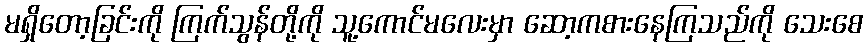
မရှိတော့ခြင်းကို ကြက်သွန်တို့ကို သူ့ကောင်မလေးမှာ ဆော့ကစားနေကြသည်ကို သေးစေ